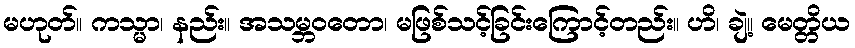
မဟုတ်။ ကသ္မာ၊ နည်း။ အသမ္ဘဝတော၊ မဖြစ်သင့်ခြင်းကြောင့်တည်း။ ဟိ၊ ချဲ့။ မေတ္တိယ